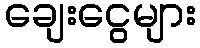
ချေးငွေများ